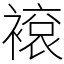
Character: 䙛